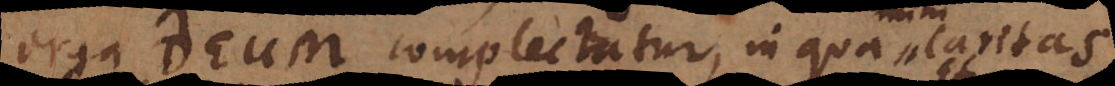
erga Deum complectatur, in qua caritas